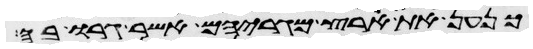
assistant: כנען את ארץ מגריהם אשר גרו בה